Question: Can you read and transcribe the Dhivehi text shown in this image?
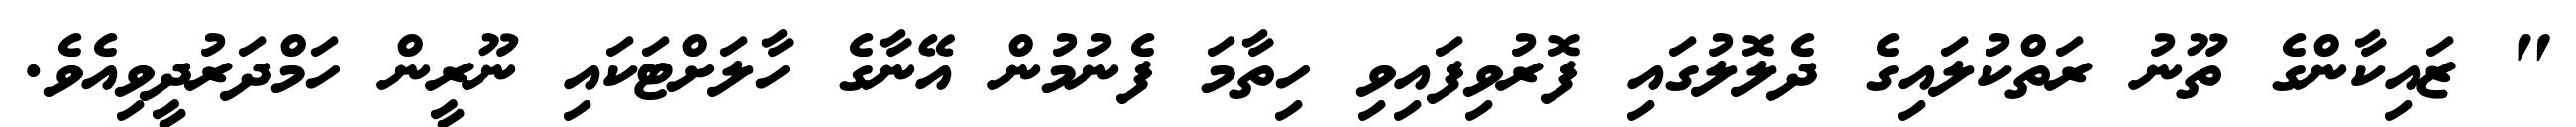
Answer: " ޒައިކާންގެ ތޫނު ރަތްކުލައިގެ ދެލޮލުގައި ފޮރުވިފައިވި ހިތާމަ ފެނުމުން އޭނާގެ ހާލަށްޓަކައި ނޫރީން ހަމްދަރުދީވިއެވެ.